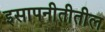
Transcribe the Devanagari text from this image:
इसापनीतीतील